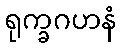
ရုက္ခဂဟနံ